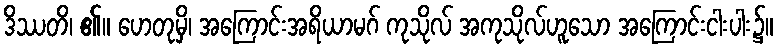
ဒိဿတိ၊ ၏။ ဟေတုမှိ၊ အကြောင်းအရိယာမဂ် ကုသိုလ် အကုသိုလ်ဟူသော အကြောင်းငါးပါး၌။